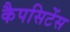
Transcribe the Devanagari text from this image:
कैपसिटेंस